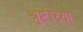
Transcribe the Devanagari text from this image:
श्रुष्टीच्या